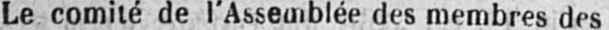
Le comité de l’Assemblée des membres des